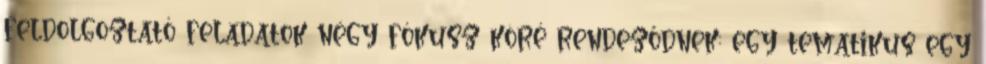
feldolgoztató feladatok négy fókusz köré rendeződnek: egy tematikus egy